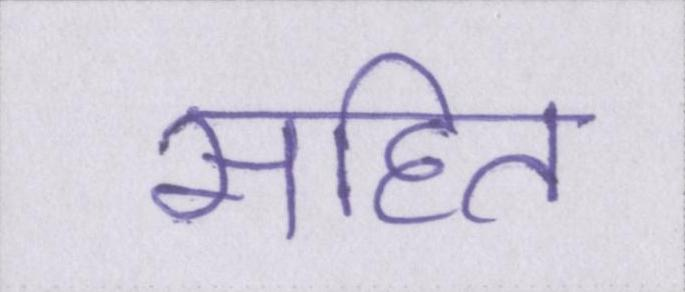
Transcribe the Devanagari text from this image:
सहित